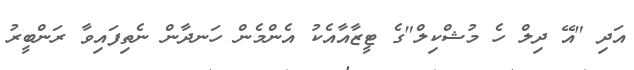
އަދި "އޭ ދިލް ހެ މުޝްކިލް"ގެ ޓީޒާއާއެކު އެންމެން ހަނދާން ނެތިފައިވާ ރަންބީރު